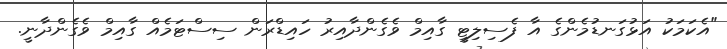
"އެކަމަކު އަޅުގަނޑުމެންގެ އާ ފެސިލިޓީ ގާއިމް ވެގެންދާއިރު ހައިޑްރަން ސިސްޓަމެއް ގާއިމް ވެގެންދާނީ.